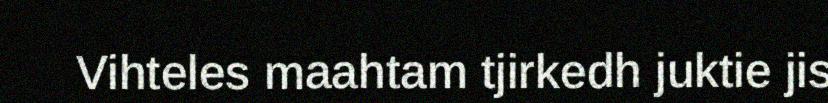
Vihteles maahtam tjirkedh juktie jis